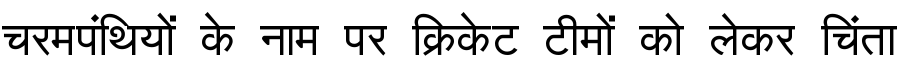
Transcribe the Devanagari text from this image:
चरमपंथियों के नाम पर क्रिकेट टीमों को लेकर चिंता